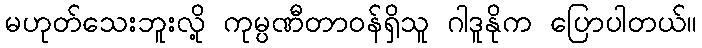
မဟုတ်သေးဘူးလို့ ကုမ္ပဏီတာဝန်ရှိသူ ဂါဒူနိုက ပြောပါတယ်။